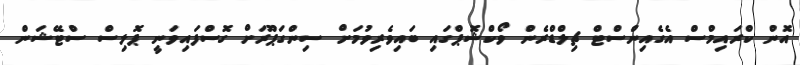
އޮން ކްރައިމްސް އެގެއިންސްޓް ޗިލްޑްރެން ވޯކްޝޮޕްގައި ބައިވެރިވުމަށް ސިންގަޕޫރަށް ގޮސްފައިވަނީ ޕޮލިސް ސްޓޭޝަން